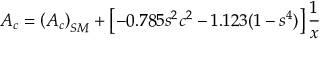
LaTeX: { \cal A } _ { c } = \left( { \cal A } _ { c } \right) _ { S M } + \left[ - 0 . 7 8 5 s ^ { 2 } c ^ { 2 } - 1 . 1 2 3 ( 1 - s ^ { 4 } ) \right] { \frac { 1 } { x } }